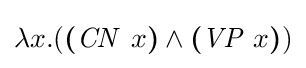
\lambda x.({\boldsymbol {(}}{\mathit {CN}}\ x{\boldsymbol {)}}\wedge {\boldsymbol {(}}{\mathit {VP}}\ x{\boldsymbol {)}})